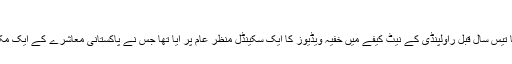
جان کر آپ کانوں کو ہاتھ لگائیں گے
رحیم یارخان (ویب ڈیسک) آج سے تقریبا تیس سال قبل راولپنڈی کے نیٹ کیفے میں خفیہ ویڈیوز کا ایک سکینڈل منظر عام پر آیا تھا جس نے پاکستانی معاشرے کے ایک مکروہ اور غلیظ روپ کا پردہ چاک کیا تھا۔